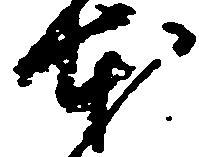
本